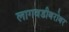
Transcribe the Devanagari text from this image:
लागवडीबरोबर